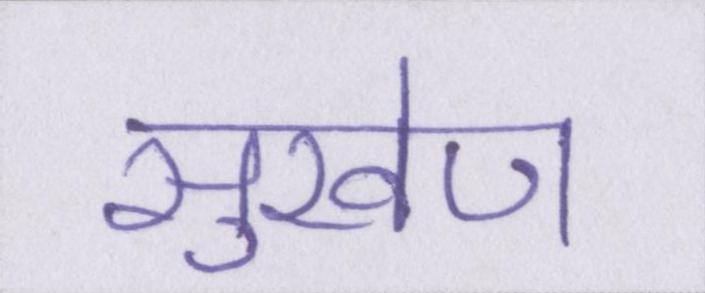
सुखेण